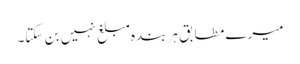
میرے مطابق ہر بندہ مبلغ نہیں بن سکتا۔